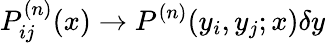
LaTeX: P_{ij}^{(n)}(x)\to P^{(n)}(y_{i},y_{j};x)\delta y